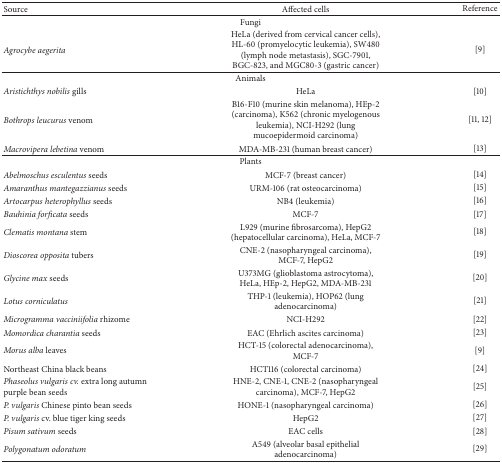
<table><thead><tr><td><b>Source</b></td><td><b>Affected cells </b></td><td><b>Reference</b></td></tr></thead><tbody><tr><td colspan="3">Fungi</td></tr><tr><td><i>Agrocybe aegerita </i></td><td>HeLa (derived from cervical cancer cells), HL-60 (promyelocytic leukemia), SW480 (lymph node metastasis), SGC-7901, BGC-823, and MGC80-3 (gastric cancer)</td><td>[9]</td></tr><tr><td colspan="3">Animals</td></tr><tr><td><i>Aristichthys nobilis </i>gills</td><td>HeLa</td><td>[10]</td></tr><tr><td><i>Bothrops leucurus </i>venom</td><td>B16-F10 (murine skin melanoma), HEp-2 (carcinoma), K562 (chronic myelogenous leukemia), NCI-H292 (lung mucoepidermoid carcinoma)</td><td>[11, 12]</td></tr><tr><td><i>Macrovipera lebetina </i>venom</td><td>MDA-MB-231 (human breast cancer)</td><td>[13]</td></tr><tr><td colspan="3">Plants</td></tr><tr><td><i>Abelmoschus esculentus </i>seeds</td><td>MCF-7 (breast cancer)</td><td>[14]</td></tr><tr><td><i>Amaranthus mantegazzianus </i>seeds</td><td>URM-106 (rat osteocarcinoma)</td><td>[15]</td></tr><tr><td><i>Artocarpus heterophyllus </i>seeds</td><td>NB4 (leukemia)</td><td>[16]</td></tr><tr><td><i>Bauhinia forficata </i>seeds</td><td>MCF-7</td><td>[17]</td></tr><tr><td><i>Clematis montana </i>stem</td><td>L929 (murine fibrosarcoma), HepG2 (hepatocellular carcinoma), HeLa, MCF-7</td><td>[18]</td></tr><tr><td><i>Dioscorea opposita </i>tubers</td><td>CNE-2 (nasopharyngeal carcinoma), MCF-7, HepG2</td><td>[19]</td></tr><tr><td><i>Glycine max </i>seeds</td><td>U373MG (glioblastoma astrocytoma), HeLa, HEp-2, HepG2, MDA-MB-231</td><td>[20]</td></tr><tr><td><i>Lotus corniculatus</i></td><td>THP-1 (leukemia), HOP62 (lung adenocarcinoma)</td><td>[21]</td></tr><tr><td><i>Microgramma vacciniifolia </i>rhizome</td><td>NCI-H292</td><td>[22]</td></tr><tr><td><i>Momordica charantia </i>seeds</td><td>EAC (Ehrlich ascites carcinoma)</td><td>[23]</td></tr><tr><td><i>Morus alba</i> leaves</td><td>HCT-15 (colorectal adenocarcinoma), MCF-7</td><td>[9]</td></tr><tr><td>Northeast China black beans</td><td>HCT116 (colorectal carcinoma)</td><td>[24]</td></tr><tr><td><i>Phaseolus vulgaris cv. </i>extra long autumn purple bean seeds</td><td>HNE-2, CNE-1, CNE-2 (nasopharyngeal carcinoma), MCF-7, HepG2</td><td>[25]</td></tr><tr><td><i>P. vulgaris </i>Chinese pinto bean seeds</td><td>HONE-1 (nasopharyngeal carcinoma)</td><td>[26]</td></tr><tr><td><i>P. vulgaris </i>cv. blue tiger king seeds</td><td>HepG2</td><td>[27]</td></tr><tr><td><i>Pisum sativum </i>seeds</td><td>EAC cells</td><td>[28]</td></tr><tr><td><i>Polygonatum odoratum </i></td><td>A549 (alveolar basal epithelial adenocarcinoma)</td><td>[29]</td></tr></tbody></table>